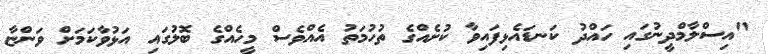
"އިސްލާމްދީނުގައި ހައްދު ކަނޑައެޅިފައިވާ ކުށެއްގެ ތުހުމަތު އެއްވެސް މީހެއްގެ ބޮލުގައި އަޅުވާކަމަށް ވަންޏާ